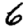
Digit: 6